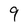
Character: 9